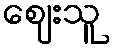
ဈေးသူ